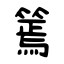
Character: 篶